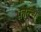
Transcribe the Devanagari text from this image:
फ़ाल्स्